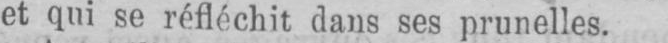
et qui se réfléchit dans ses prunelles.